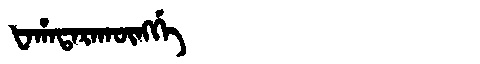
Manchu: ᡶᠠᡥᠠᡨᠠᡵᠠᡴᡡᠩᡤᡝ
Romanization: FAHATARAKŪNGGE